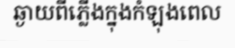
ឆ្ងាយពីភ្លើងក្នុងកំឡុងពេល